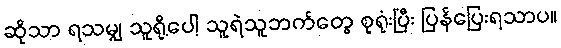
ဆိုသာ ရသမျှ သူရို့ပေါ့ သူရဲသူဘက်တွေ စုရုံးပြီး ပြန်ပြေးရသာပ။